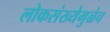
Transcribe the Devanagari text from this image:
लोकसंख्येमुळेच